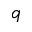
q